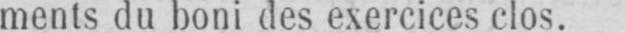
ments du boni des exercices clos.